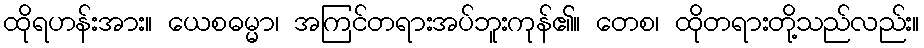
ထိုရဟန်းအား။ ယေစဓမ္မာ၊ အကြင်တရားအပ်ဘူးကုန်၏။ တေစ၊ ထိုတရားတို့သည်လည်း။